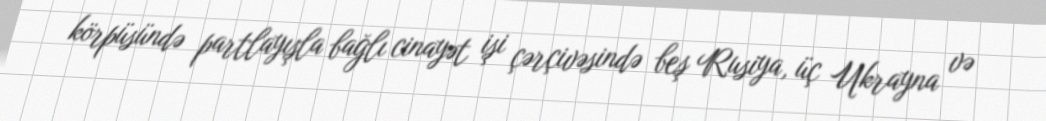
körpüsündə partlayışla bağlı cinayət işi çərçivəsində beş Rusiya, üç Ukrayna və